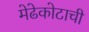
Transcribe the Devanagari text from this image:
मेढेकोटाची